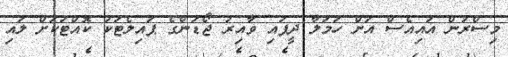
މިސްރުން އައިއެސް އަށް ހަމަލާ ދީފައި ވާއިރު ޖޯޑަންގެ ޕައިލެޓަކު ކޮއްޓަކަށް ލައި